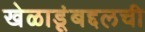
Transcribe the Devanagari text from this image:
खेळाडूंबद्दलची